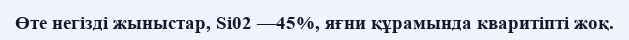
Өте негізді жыныстар, Si02 —45%, яғни құрамында кваритіпті жоқ.